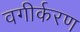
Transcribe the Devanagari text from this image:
वगीर्करण